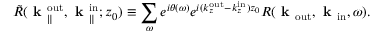
\Tilde { R } ( \textbf { k } _ { \parallel } ^ { \mathrm { o u t } } , \textbf { k } _ { \parallel } ^ { \mathrm { i n } } ; z _ { 0 } ) \equiv \sum _ { \omega } e ^ { i \theta ( \omega ) } e ^ { i ( k _ { z } ^ { \mathrm { o u t } } - k _ { z } ^ { \mathrm { i n } } ) z _ { 0 } } R ( \textbf { k } _ { \mathrm { o u t } } , \textbf { k } _ { \mathrm { i n } } , \omega ) .